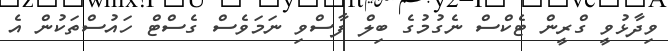
ވިދާޅުވީ ގްރީން ޓެކްސް ނެގުމުގެ ބިލް ފާސްވި ނަމަވެސް ގެސްޓް ހައުސްތަކުން އެ